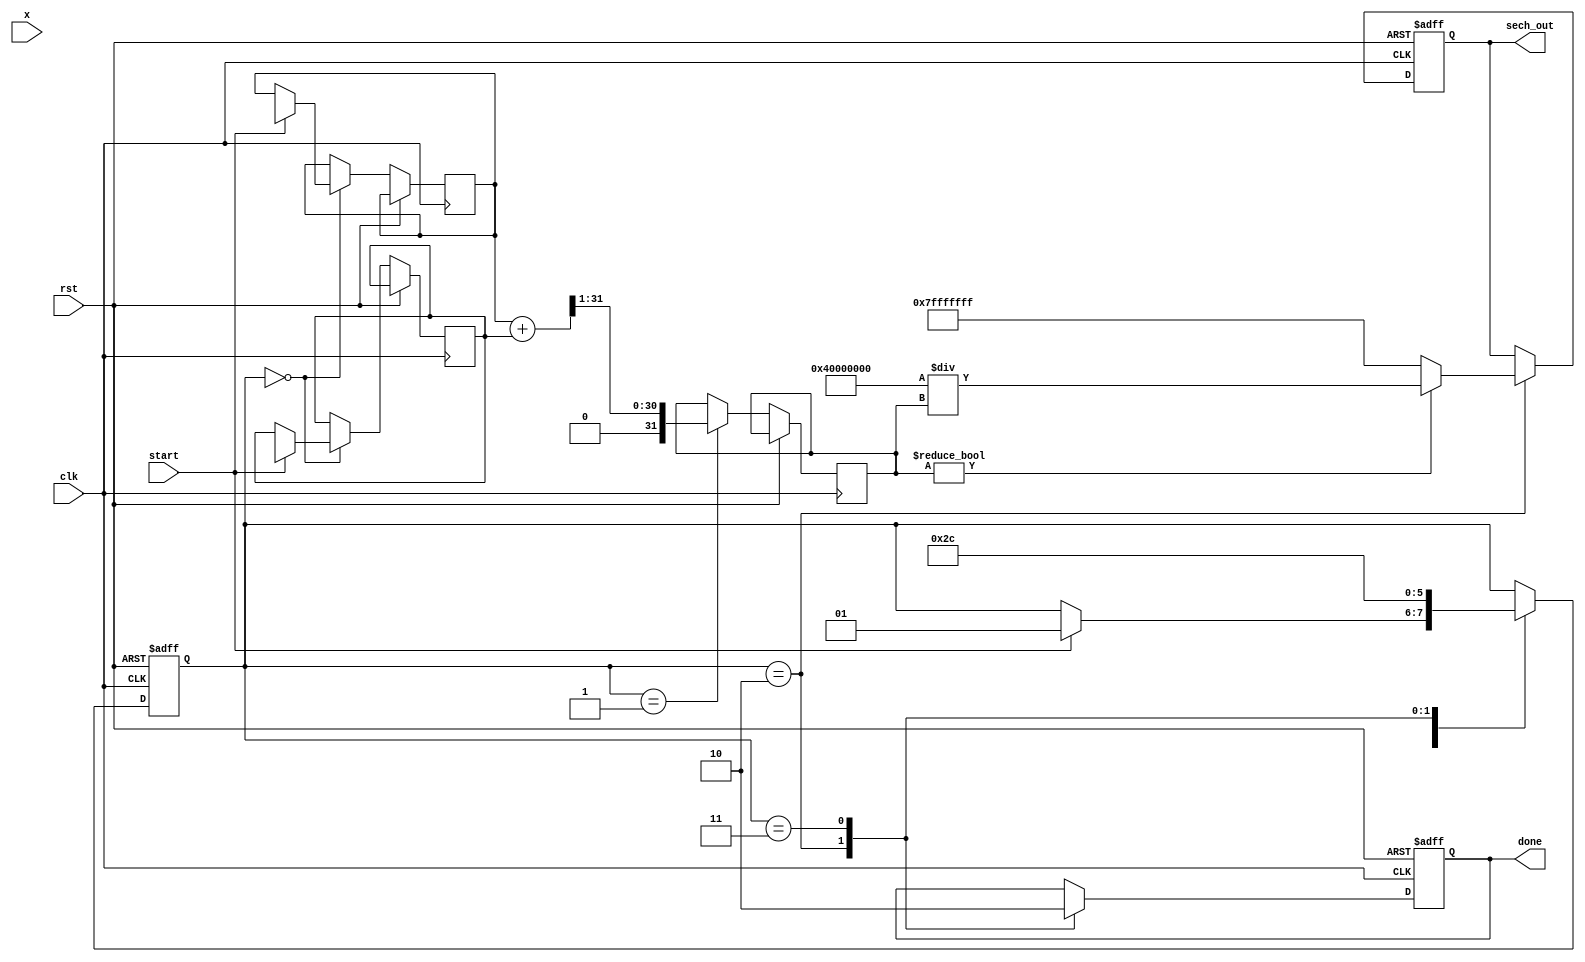
module sech_calculator (
    input wire clk,
    input wire rst,
    input wire [31:0] x, // Input (IEEE 754 floating-point)
    input wire start,
    output reg [31:0] sech_out, // Output (IEEE 754 floating-point)
    output reg done
);

    reg [31:0] exp_x, exp_neg_x;
    reg [31:0] cosh_x;
    reg [1:0] state;
    
    // State definitions
    parameter IDLE = 2'b00, EXP_CALC = 2'b01, COSH_CALC = 2'b10, DIV_CALC = 2'b11;

    // Simple exponentiation implementation (not optimized)
    function [31:0] exp_function;
        input [31:0] input_x;
        // Placeholder for actual exponentiation logic (e.g., CORDIC, Taylor series, etc.)
        // For simplicity, we'll assume exp_function is implemented properly
    endfunction

    // Always block for state machine
    always @(posedge clk or posedge rst) begin
        if (rst) begin
            state <= IDLE;
            sech_out <= 32'b0;
            done <= 0;
        end else begin
            case (state)
                IDLE: begin
                    if (start) begin
                        exp_x <= exp_function(x); // Calculate e^x
                        exp_neg_x <= exp_function(-x); // Calculate e^(-x)
                        state <= EXP_CALC;
                    end
                end
                EXP_CALC: begin
                    cosh_x <= (exp_x + exp_neg_x) >> 1; // cosh(x) = (e^x + e^(-x)) / 2
                    state <= COSH_CALC;
                end
                COSH_CALC: begin
                    if (cosh_x != 32'b0) begin
                        sech_out <= (32'h40000000 / cosh_x); // sech(x) = 2 / cosh(x)
                    end else begin
                        sech_out <= 32'h7FFFFFFF; // Handle division by zero case
                    end
                    done <= 1;
                    state <= DIV_CALC;
                end
                DIV_CALC: begin
                    // Finalize output and reset state
                    state <= IDLE;
                    done <= 0;
                end
            endcase
        end
    end
endmodule